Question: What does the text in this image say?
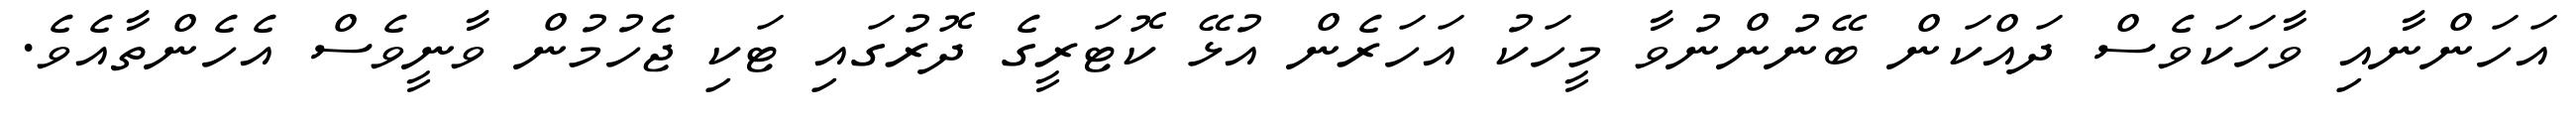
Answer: އަހަންނާއި ވާހަކަވެސް ދައްކަން ބޭނުންނުވާ މީހަކު އަހަރެން އުޅޭ ކޮޓަރީގެ ދޮރުގައި ޓަކި ޖެހުމުން ވާނީވެސް އެހެންތާއެވެ.